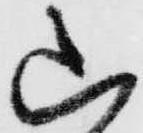
山